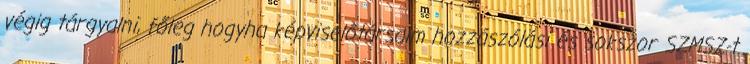
végig tárgyalni, főleg hogyha képviselőtársaim hozzászólási és sokszor SZMSZ-t